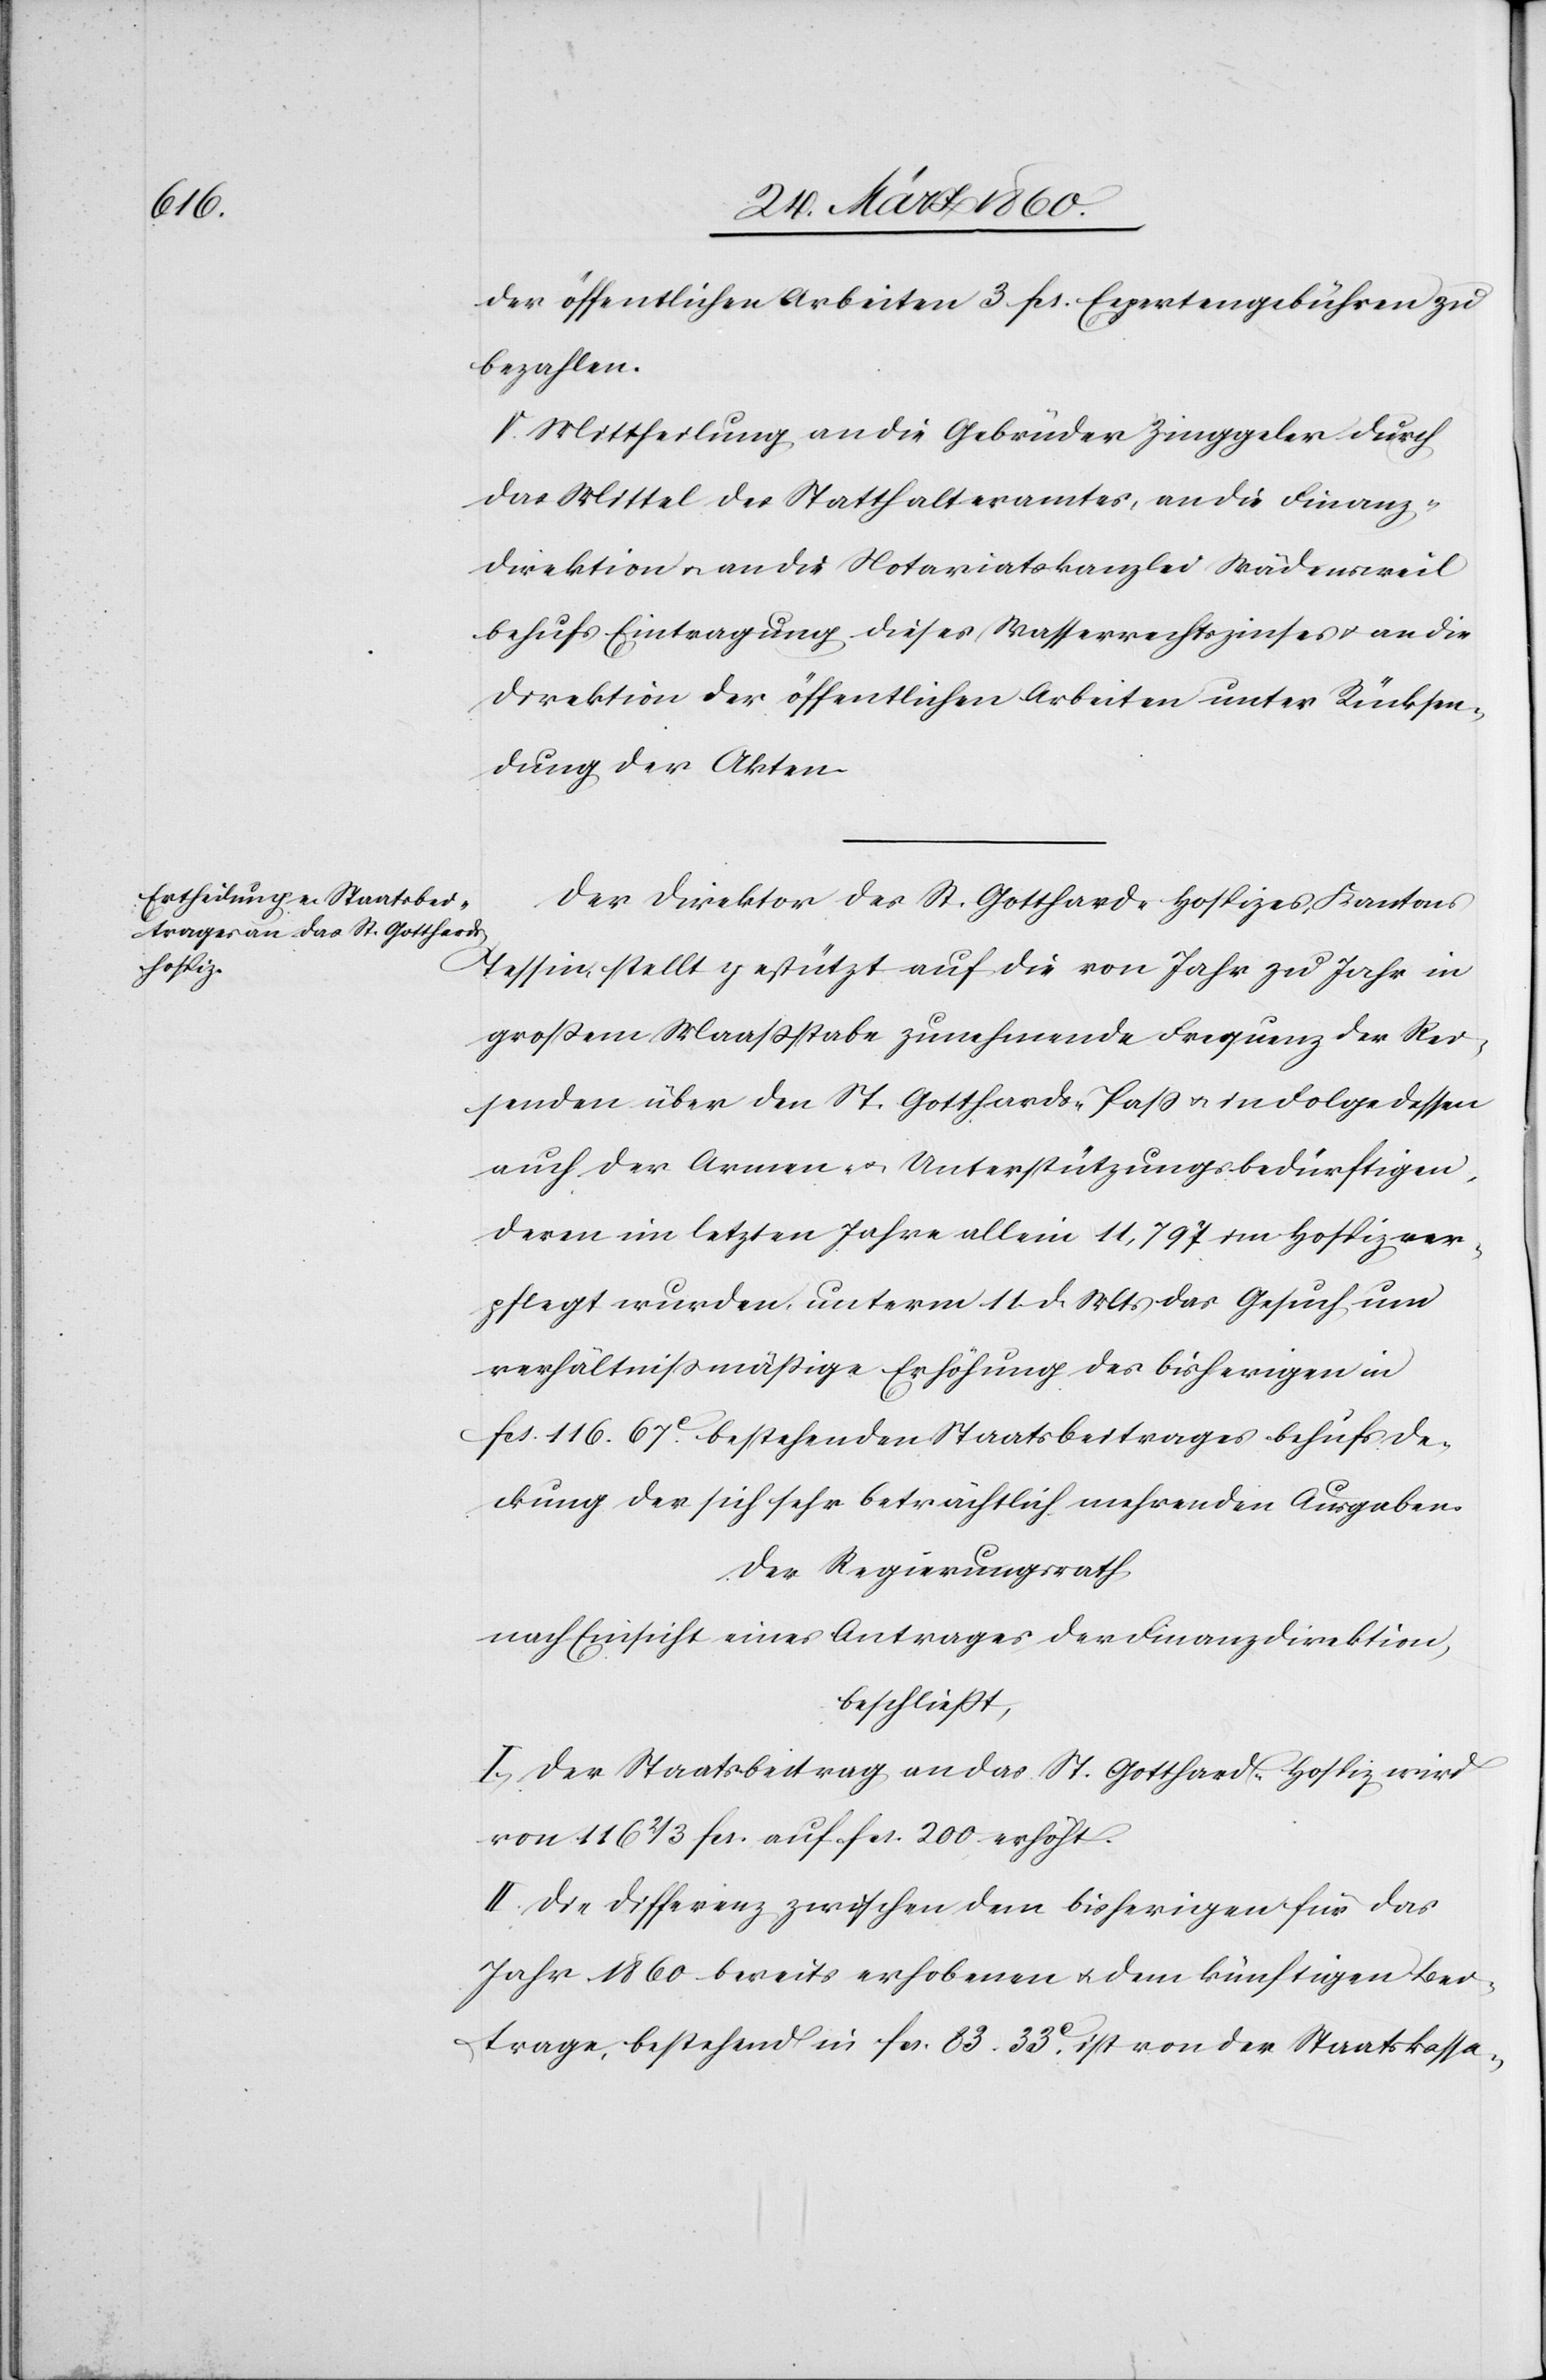
der öffentlichen Arbeiten 3 fcs. Expertengebühren zu
bezahlen.
V. Mittheilung an die Gebrüder Zinggeler durch
das Mittel des Statthalteramtes, an die Finanz¬
direktion u. an die Notariatskanzlei Wädensweil
behufs Eintragung dieses Wasserrechtszinses u. an die
Direktion der öffentlichen Arbeiten unter Rücksen¬
dung der Akten.
Der Direktion des St. Gotthard-Hospizes, Kantons
Tessin stellt gestützt auf die von Jahr zu Jahr in
großem Maassstabe zunehmende Frequenz der Rei¬
senden über den St. Gotthards-Pass u, in Folge dessen
auch der Armen- u. Unterstützungsbedürftigen,
deren im letzten Jahre allein 11,797 im Hospiz ver¬
pflegt wurden, unterm 11. d. Mts. das Gesuch um
verhältnissmässige Erhöhung des bisherigen in
fcs. 116. 67C bestehenden Staatsbeitrages behufs De¬
ckung der sich sehr beträchtlich mehrenden Ausgaben.
Der Regierungsrath,
nach Einsicht eines Antrages der Finanzdirektion,
beschliesst:
I. Der Staatsbeitrag an das St. Gotthard-Hospiz wird
von 116 2/3 fcs. auf fcs. 200 erhöht.
II. Die Differenz zwischen dem bisherigen für das
Jahr 1860 bereits erhobenen u. dem künftigen Be¬
trage, bestehend in fcs. 83 33C ist von der Staatskassa-